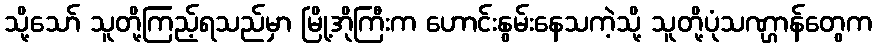
သို့သော် သူတို့ကြည့်ရသည်မှာ မြို့အိုကြီးက ဟောင်းနွမ်းနေသကဲ့သို့ သူတို့ပုံသဏ္ဌာန်တွေက